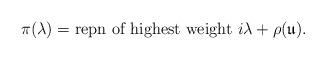
LaTeX: \begin{align*} \pi(\lambda) = \text{repn of highest weight\ } i\lambda + \rho({\mathfrak u}). \end{align*}